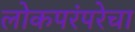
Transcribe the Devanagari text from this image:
लोकपरंपरेचा